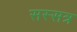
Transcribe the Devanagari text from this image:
सस्सत्र